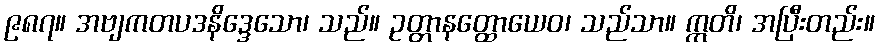
၉၈၇။ အဗျကတပဒနိဒ္ဒေသော၊ သည်။ ဥတ္တာနတ္ထောယေဝ၊ သည်သာ။ ဣတိ၊ အပြီးတည်း။